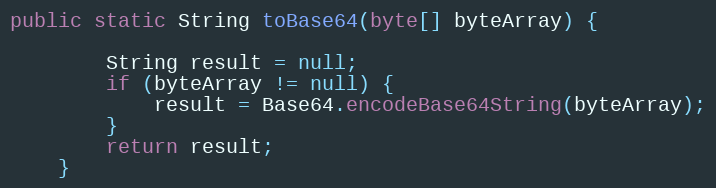
Language: Java
public static String toBase64(byte[] byteArray) {

        String result = null;
        if (byteArray != null) {
            result = Base64.encodeBase64String(byteArray);
        }
        return result;
    }